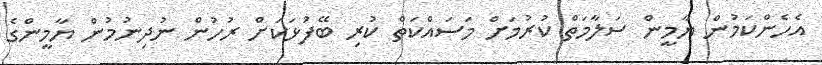
އެހެންކަމުން ޔާމީން ސަލާމަތް ކުރުމަށް މަސައްކަތް ކުރި ބޭފުޅަކަށް ރުހުން ނުދިނުމުން ޔާމީންގެ